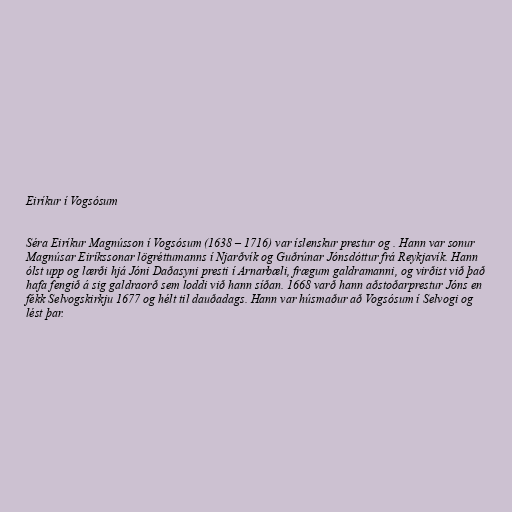
Eiríkur í Vogsósum

Séra Eiríkur Magnússon í Vogsósum (1638 – 1716) var íslenskur prestur og . Hann var sonur
Magnúsar Eiríkssonar lögréttumanns í Njarðvík og Guðrúnar Jónsdóttur frá Reykjavík. Hann
ólst upp og lærði hjá Jóni Daðasyni presti í Arnarbæli, frægum galdramanni, og virðist við það
hafa fengið á sig galdraorð sem loddi við hann síðan. 1668 varð hann aðstoðarprestur Jóns en
fékk Selvogskirkju 1677 og hélt til dauðadags. Hann var húsmaður að Vogsósum í Selvogi og
lést þar.